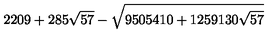
2 2 0 9 + 2 8 5 \sqrt { 5 7 } - \sqrt { 9 5 0 5 4 1 0 + 1 2 5 9 1 3 0 \sqrt { 5 7 } }